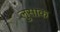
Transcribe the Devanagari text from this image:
लुसाक